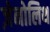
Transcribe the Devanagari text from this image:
ज़ेनोलिथ